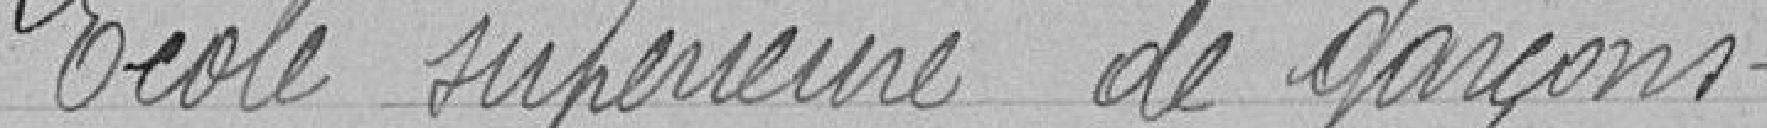
École supérieure de garçons.